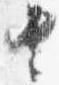
由